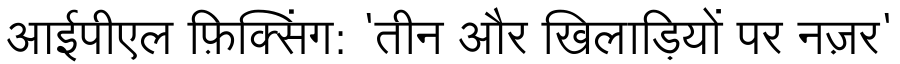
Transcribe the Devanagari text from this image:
आईपीएल फ़िक्सिंग: 'तीन और खिलाड़ियों पर नज़र'